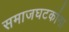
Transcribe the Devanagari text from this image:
समाजघटकांना